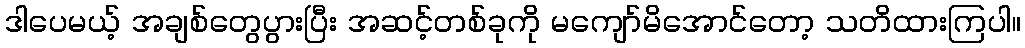
ဒါပေမယ့် အချစ်တွေပွားပြီး အဆင့်တစ်ခုကို မကျော်မိအောင်တော့ သတိထားကြပါ။